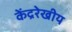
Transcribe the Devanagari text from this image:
केंद्ररेखीय